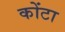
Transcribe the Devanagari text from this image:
कोंटा